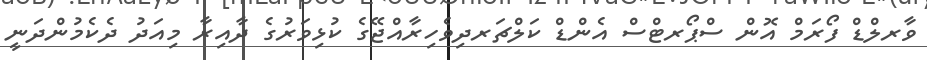
ވާރލްޑް ފޯރަމް އޮން ސްޕޯރޓްސް އެންޑް ކަލްޗަރދިވެހިރާއްޖޭގެ ކުޅިވަރުގެ ދާއިރާ މިއަދު ދެކެމުންދަނީ